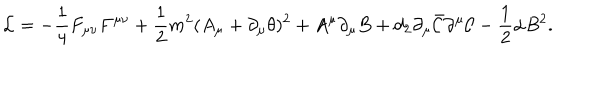
{ \cal L } = - \frac { 1 } { 4 } F _ { \mu \nu } F ^ { \mu \nu } + \frac { 1 } { 2 } m ^ { 2 } ( A _ { \mu } + \partial _ { \mu } \theta ) ^ { 2 } + A ^ { \mu } \partial _ { \mu } B + d _ { 2 } \partial _ { \mu } \bar { \cal C } \partial ^ { \mu } { \cal C } - \frac { 1 } { 2 } \alpha B ^ { 2 } .